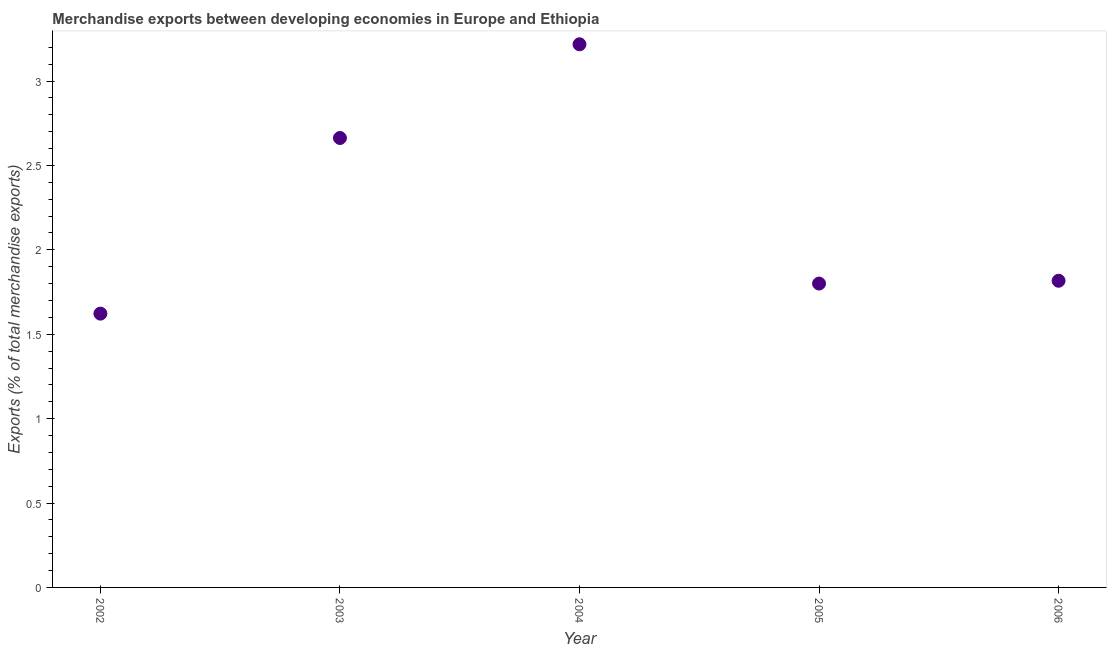
| Year | Merchandise Exports |
 | --- | --- |
 | 2002 | 1.62 |
 | 2003 | 2.66 |
 | 2004 | 3.22 |
 | 2005 | 1.8 |
 | 2006 | 1.82 |